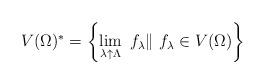
LaTeX: \begin{align*}V(\Omega )^{\ast }=\left\{ \lim_{\lambda \uparrow \Lambda }\ f_{\lambda }\|\ f_{\lambda }\in V(\Omega )\right\} \end{align*}